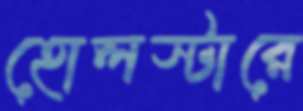
হোলস্টারে